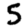
Digit: 5